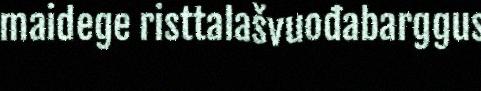
maidege risttalašvuođabarggus